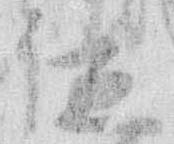
位